Indian journal of veterinary science and animal husbandry - Volume 6,
Year: 1936
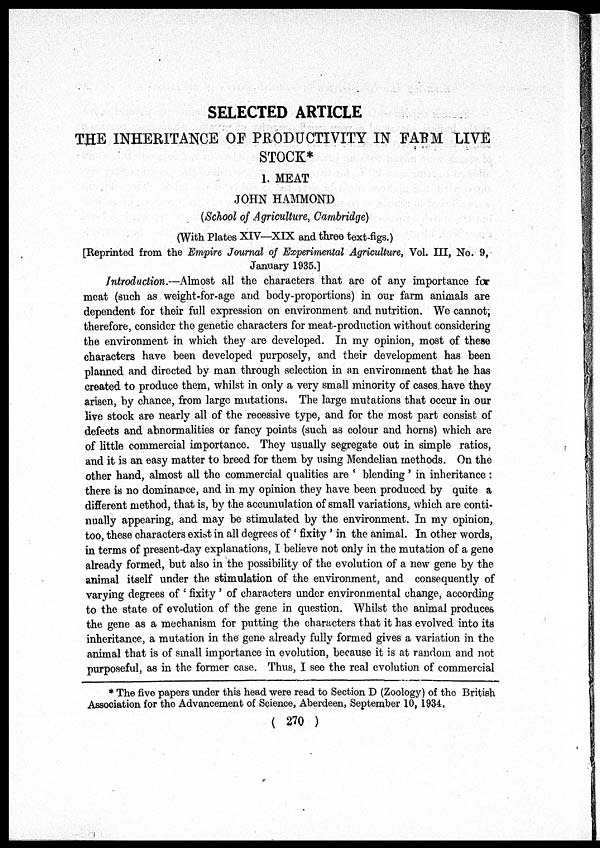
SELECTED ARTICLE
THE INHERITANCE OF PRODUCTIVITY IN FARM LIVE
STOCK*
1. MEAT
JOHN HAMMOND
(School of Agriculture, Cambridge)
(With Plates XIV—XIX and three text-figs.)
[Reprinted, from the Empire Journal of Experimental Agriculture, Vol. III, No. 9,
January 1935.]
Introduction.—Almost all the characters that are of any importance for
meat (such as weight-for-age and body-proportions) in our farm animals are
dependent for their full expression on environment and nutrition. We cannot ,
therefore, consider the genetic characters for meat-production without considering
the environment in which they are developed. In my opinion, most of these
characters have been developed purposely, and their development has been
planned and directed by man through selection in an environment that he has
created to produce them, whilst in only a very small minority of cases have they
arisen, by chance, from large mutations. The large mutations that occur in our
live stock are nearly all of the recessive type, and for the most part consist of
defects and abnormalities or fancy points (such as colour and horns) which are
of little commercial importance. They usually segregate out in simple ratios,
and it is an easy matter to breed for them by using Mendelian methods. On the
other hand, almost all the commercial qualities are ' blending' in inheritance:
there is no dominance, and in my opinion they have been produced by quite a
different method, that is, by the accumulation of small variations, which are conti-
nually appearing, and may be stimulated by the environment. In my opinion,
too, these characters exist in all degrees of ' fixity ' in the animal. In other words,
in terms of present-day explanations, I believe not only in the mutation of a gene
already formed, but also in the possibility of the evolution of a new gene by the
animal itself under the stimulation of the environment, and consequently of
varying degrees of ' fixity ' of characters under environmental change, according
to the state of evolution of the gene in question. Whilst the animal produces
the gene as a mechanism for putting the characters that it has evolved into its
inheritance, a mutation in the gene already fully formed gives a variation in the
animal that is of small importance in evolution, because it is at random and not
purposeful, as in the former case. Thus, I see the real evolution of commercial
. The five papers under this head were read to Section D (Zoology) of the British
Association for the Advancement of Science, Aberdeen, September 10, 1934.
( 270 )